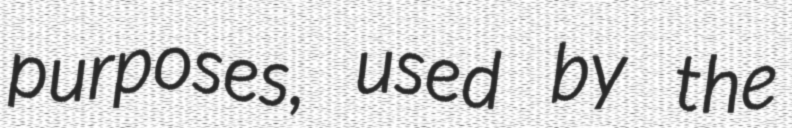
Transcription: purposes, used by the